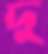
দু